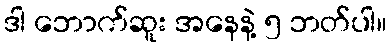
ဒါ ဘောက်ဆူး အနေနဲ့ ၅ ဘတ်ပါ။